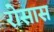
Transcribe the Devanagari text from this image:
रोसास